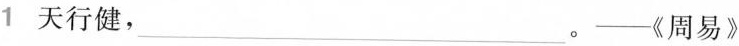
1 天行健， ___。——《周易》